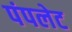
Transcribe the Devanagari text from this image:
पंपलेट